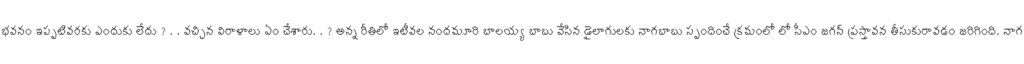
భవనం ఇప్పటివరకు ఎందుకు లేదు ? . . వచ్చిన విరాళాలు ఏం చేశారు. . ? అన్న రీతిలో ఇటీవల నందమూరి బాలయ్య బాబు వేసిన డైలాగులకు నాగబాబు స్పందించే క్రమంలో లో సీఎం జగన్ ప్రస్తావన తీసుకురావడం జరిగింది. నాగ